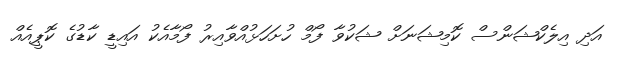
އަދި އިލެކްޝަންސް ކޮމިޝަނަށް ޝަކުވާ ފޯމް ހުށަހަޅުއްވާއިރު ފޯމާއެކު އައިޑީ ކާޑުގެ ކޮޕީއެއް